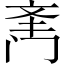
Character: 𲈿